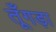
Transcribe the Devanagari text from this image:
तूँगड़ा